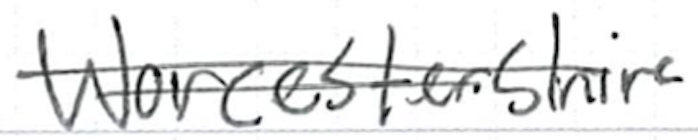
Text: Worcestershire
Cross-out: double-line
Writing tool: ballpoint